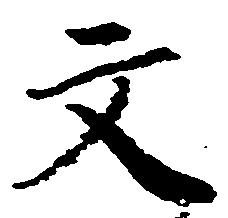
文